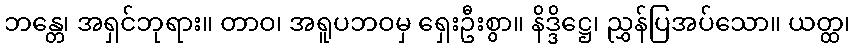
ဘန္တေ၊ အရှင်ဘုရား။ တာဝ၊ အရူပဘဝမှ ရှေးဦးစွာ။ နိဒ္ဒိဋ္ဌေ၊ ညွှန်ပြအပ်သော။ ယတ္ထ၊